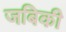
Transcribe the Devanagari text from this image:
जबिकी